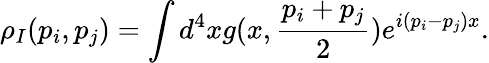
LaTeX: \rho_{I}(p_{i},p_{j})=\int d^{4}xg(x,\frac{p_{i}+p_{j}}{2})e^{i(p_{i}-p_{j})x}.